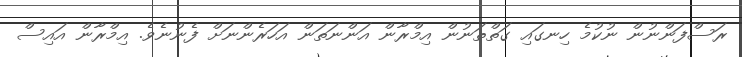
ރަސްފަންނުން ނުކުމެ ހިނގައި ގަތްތަނުން އިމްރާން އަންނަތަން އަހަރެންނަށް ފެނުނެވެ. އިމްރާން އައިސް